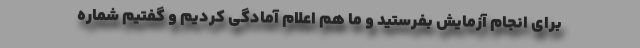
برای انجام آزمایش بفرستید و ما هم اعلام آمادگی کردیم و گفتیم شماره